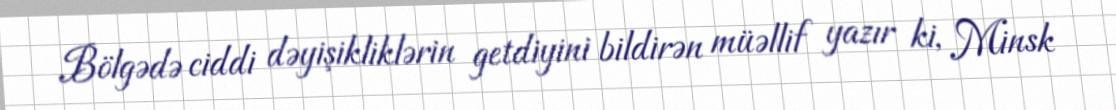
Bölgədə ciddi dəyişikliklərin getdiyini bildirən müəllif yazır ki, Minsk